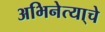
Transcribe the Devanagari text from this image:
अभिनेत्या्चे